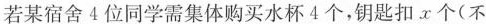
若某宿舍4位同学需集体购买水杯4个，钥匙扣x个(不